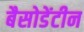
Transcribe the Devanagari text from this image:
बैसोडेंटीन